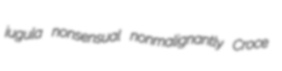
jugula nonsensual nonmalignantly Croce